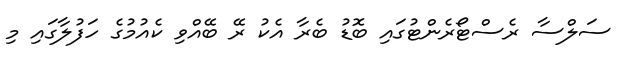
ސަލްސާ ރެސްޓޯރެންޓުގައި ބޮޑު ބެރާ އެކު ރޭ ބޭއްވި ކެއުމުގެ ހަފުލާގައި މި